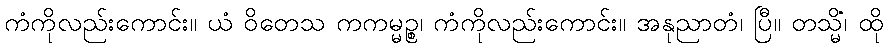
ကံကိုလည်းကောင်း။ ယံ ဝိတေသ ကကမ္မဉ္စ၊ ကံကိုလည်းကောင်း။ အနုညာတံ၊ ပြီ။ တသ္မိံ၊ ထို